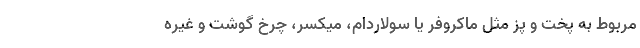
مربوط به پخت و پز مثل ماکروفر یا سولاردام، میکسر، چرخ گوشت و غیره